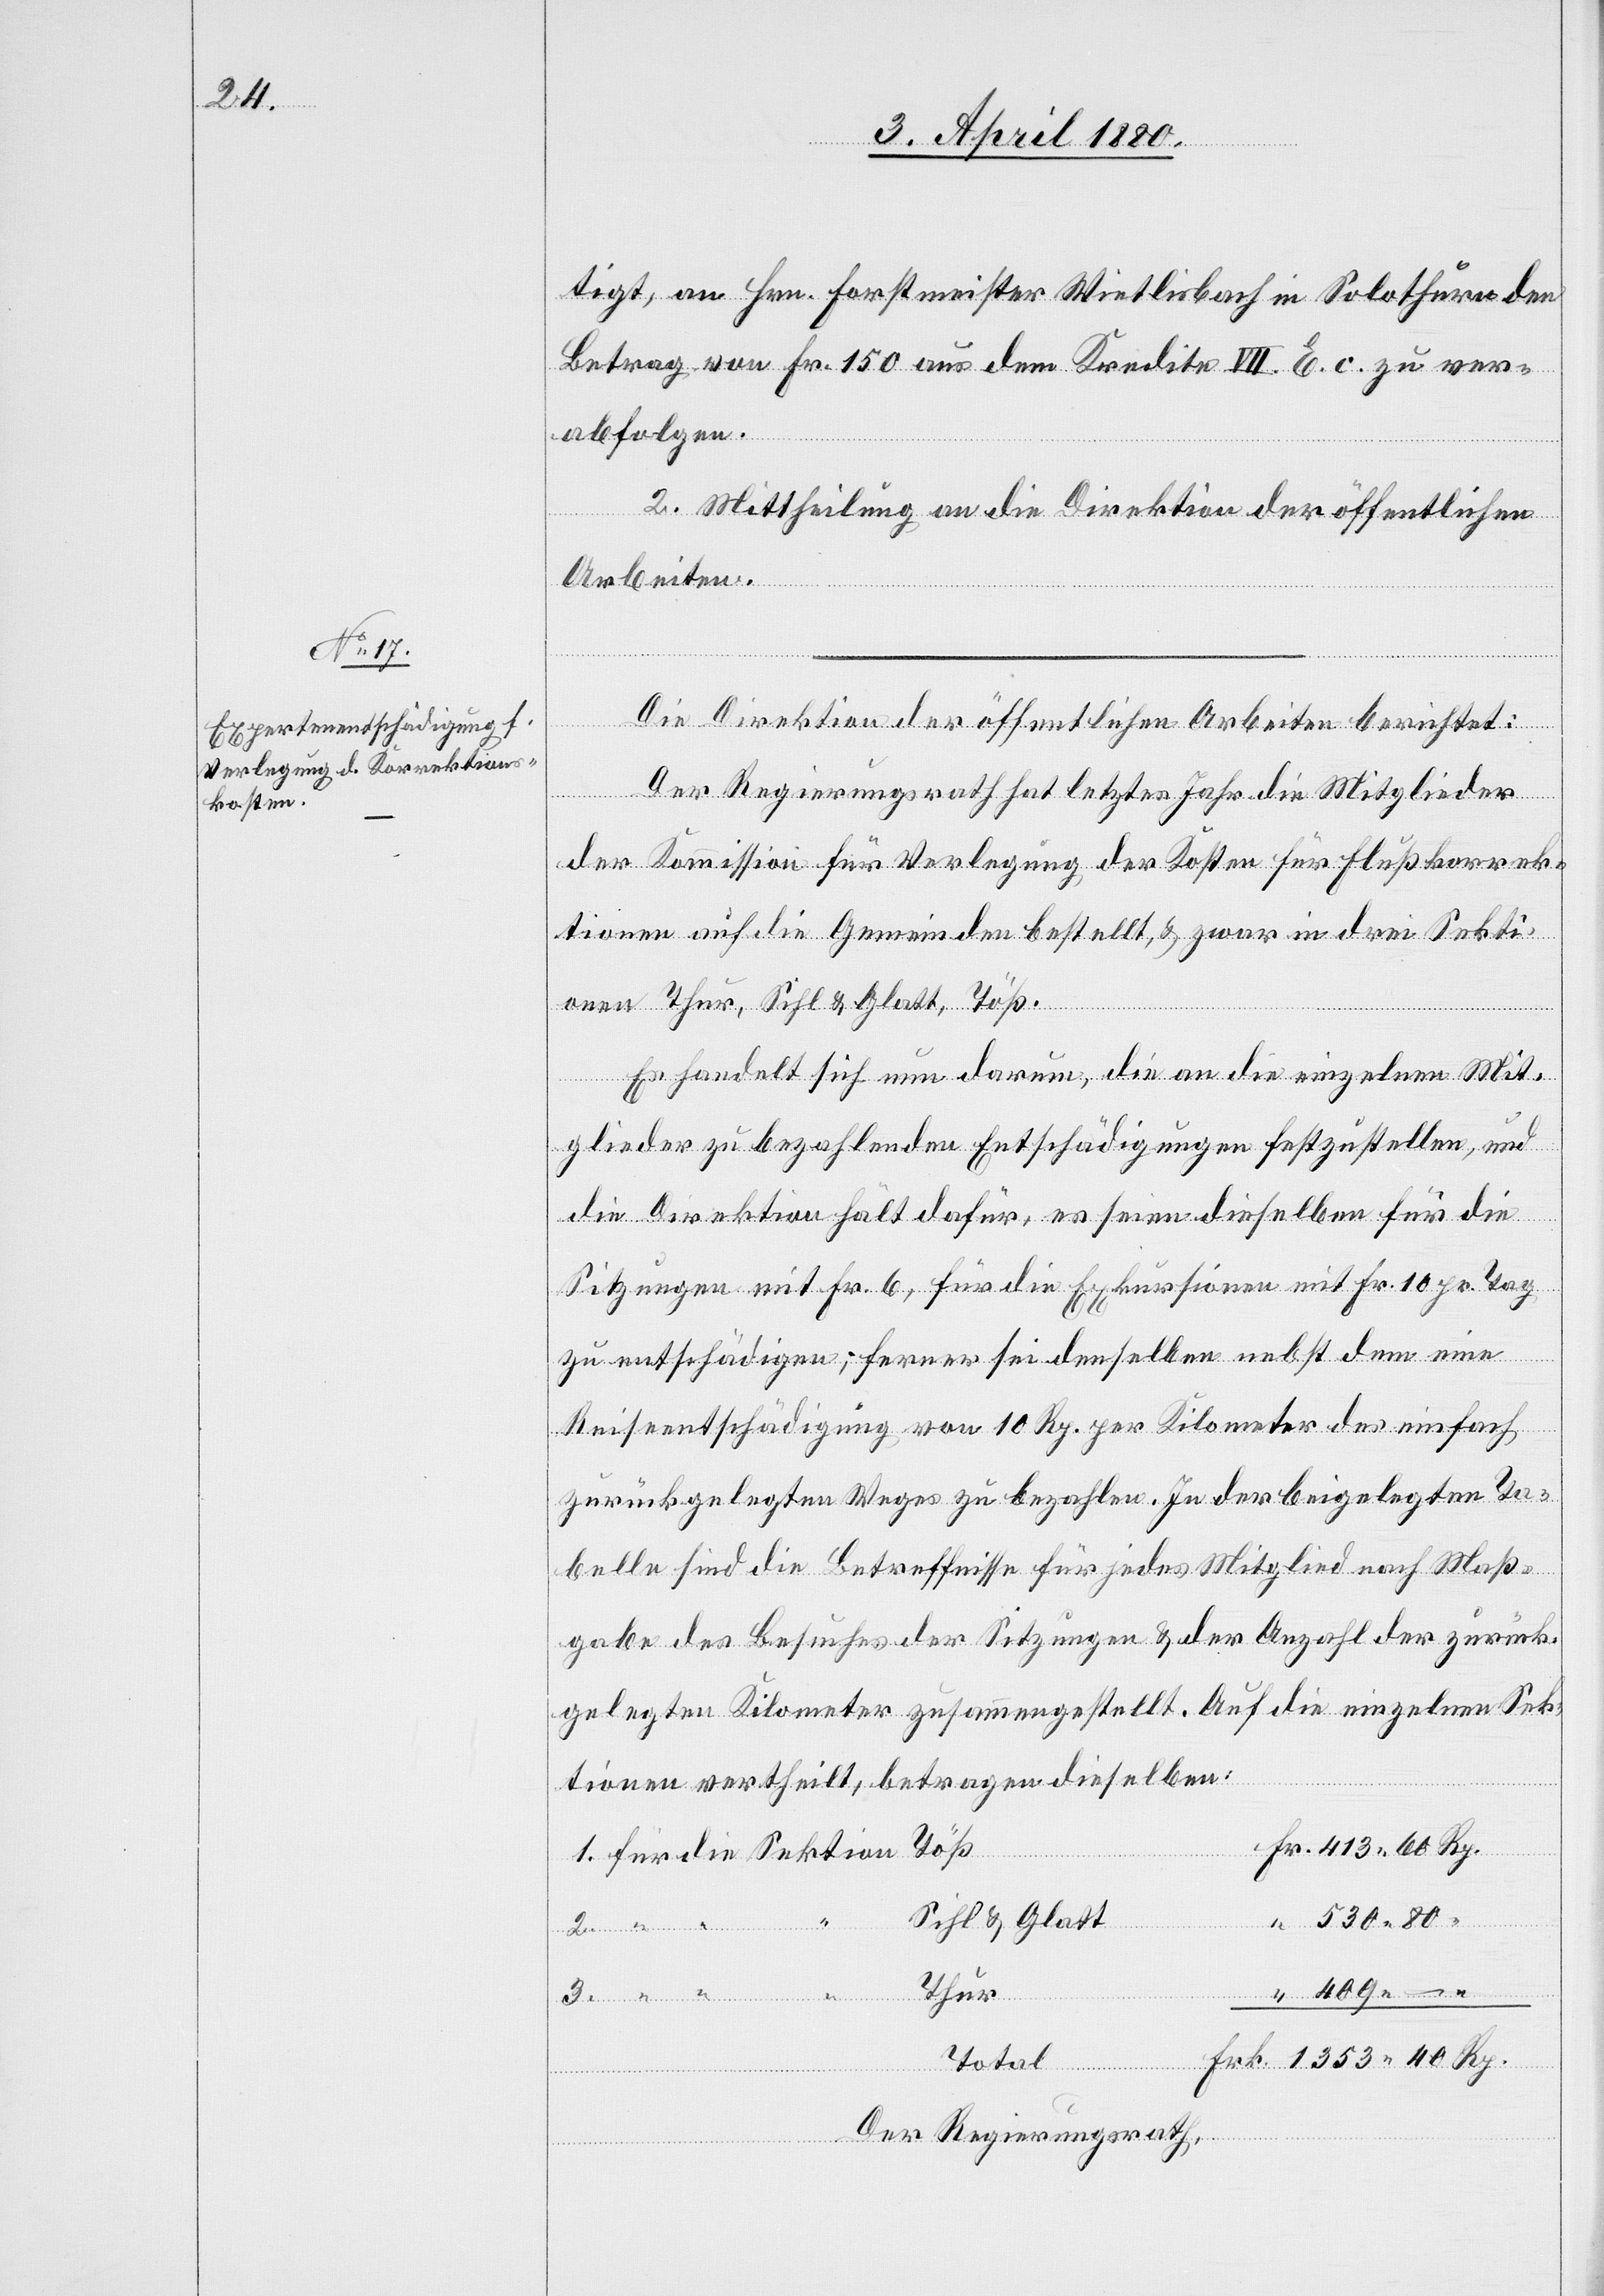
tigt, an Hrn. Forstmeister Wietlisbach in Solothurn den
Betrag von Fr. 150 aus dem Kredite VII. E. c. zu ver¬
abfolgen.
Frk.
2. Mittheilung an die Direktion der öffentlichen
Arbeiten.
Rp.
Die Direktion der öffentlichen Arbeiten berichtet:
Der Regierungsrath hat letztes Jahr die Mitglieder
der Kommission für Verlegung der Kosten für Flußkorrek¬
tionen auf die Gemeinden bestellt, & zwar in drei Sekti¬
onen Thur, Sihl & Glatt, Töß.
Es handelt sich nun darum, die an die einzelnen Mit¬
glieder zu bezahlenden Entschädigungen festzustellen, und
die Direktion hält dafür, es seien dieselben für die
Sitzungen mit Fr. 6, für die Exkursionen mit Fr. 10 pr. Tag
zu entschädigen; ferner sei denselben nebst dem eine
Reiseentschädigung von 10 Rp. per Kilometer des einfach
zurückgelegten Weges zu bezahlen. In der beigelegten Ta¬
belle sind die Betreffnisse für jedes Mitglied nach Maß¬
gabe des Besuches der Sitzungen & der Anzahl der zurück¬
gelegten Kilometer zusammengestellt. Auf die einzelnen Sek¬
tionen vertheilt, betragen dieselben:
Töß
Sihl & Glatt
Thur
Sektion
Total
Der Regierungsrath,